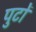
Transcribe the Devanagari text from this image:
पुटों